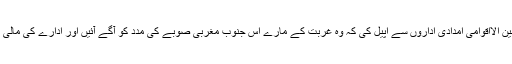
انہوں نے بین الااقوامی امدادی اداروں سے اپیل کی کہ وہ غربت کے مارے اس جنوب مغربی صوبے کی مدد کو آگے آئیں اور ادارے کی مالی مدد کر یں۔